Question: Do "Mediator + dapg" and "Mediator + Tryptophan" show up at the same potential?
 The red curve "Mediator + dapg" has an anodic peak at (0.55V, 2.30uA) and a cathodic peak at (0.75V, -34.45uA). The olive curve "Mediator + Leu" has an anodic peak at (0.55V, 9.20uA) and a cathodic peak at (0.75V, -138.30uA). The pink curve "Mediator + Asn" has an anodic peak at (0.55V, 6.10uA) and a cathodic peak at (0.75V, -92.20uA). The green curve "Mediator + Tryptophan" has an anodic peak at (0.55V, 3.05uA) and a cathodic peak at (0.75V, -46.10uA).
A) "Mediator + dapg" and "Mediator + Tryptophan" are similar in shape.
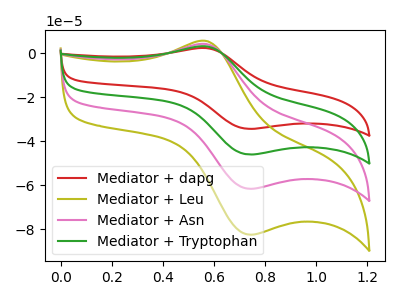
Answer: <think>All the peaks in "Mediator + dapg" have a peak in "Mediator + Tryptophan" at the same potential. Every peak in "Mediator + dapg" is lower than every peak in "Mediator + Tryptophan".
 </think>
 <answer>A) "Mediator + dapg" and "Mediator + Tryptophan" are similar in shape.</answer>
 <eval>A</eval>